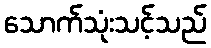
သောက်သုံးသင့်သည်